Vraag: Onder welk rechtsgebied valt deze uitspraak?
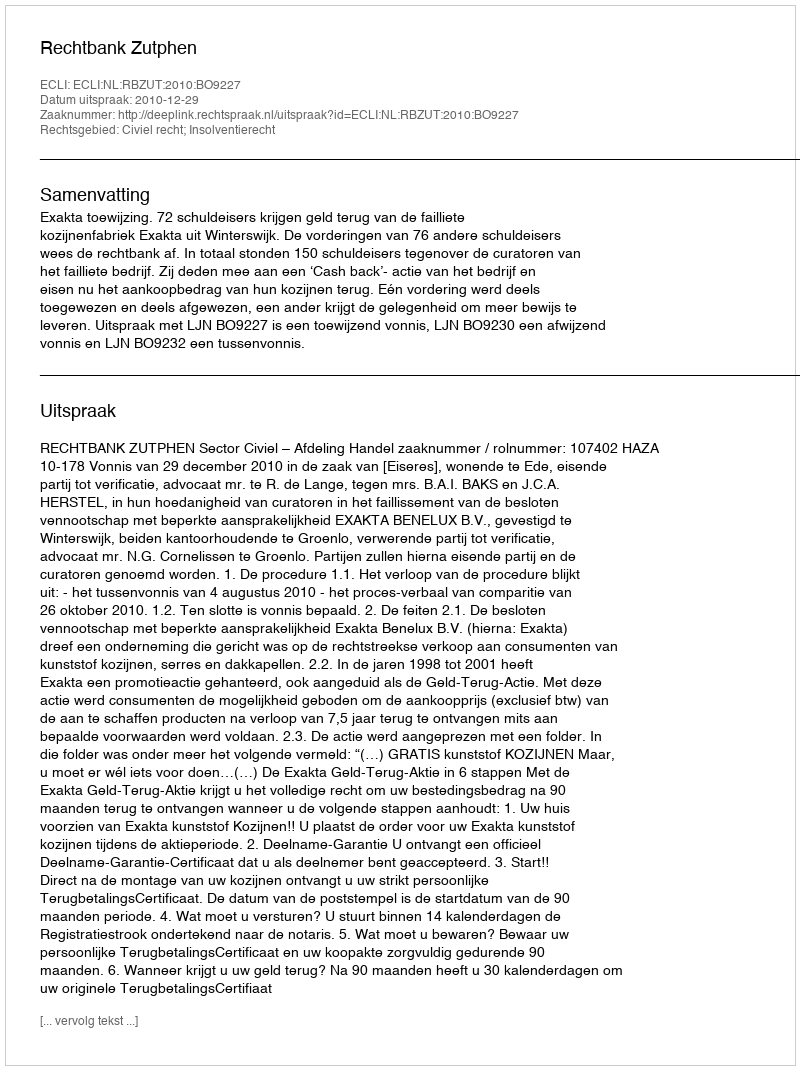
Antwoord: Civiel recht; Insolventierecht